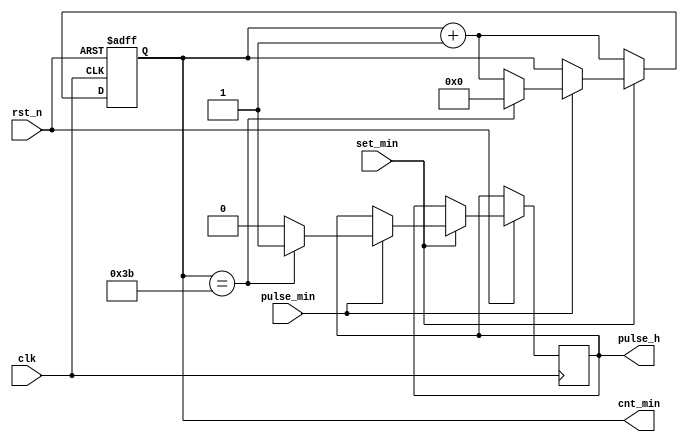
module count_min(
    input clk,
    input rst_n,
    input set_min,
    input pulse_min,

    output reg pulse_h,
    output reg [5:0] cnt_min
);

    always @(posedge clk or negedge rst_n) begin
      if(~rst_n) begin 
        cnt_min <= 0;
      end
      else if(~set_min) begin
        cnt_min <= cnt_min + 1;
      end
      else if (pulse_min) begin
        if (cnt_min == 59) begin
          cnt_min <= 0;
          pulse_h <= 1;
        end
        else begin
          cnt_min <= cnt_min + 1;
          pulse_h <= 0;
        end 
      end
    end
endmodule